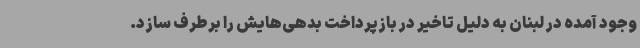
وجود آمده در لبنان به دلیل تاخیر در بازپرداخت بدهی‌هایش را برطرف سازد.